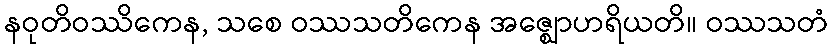
နဝုတိဝဿိကေန, သစေ ဝဿသတိကေန အဇ္ဈောဟရိယတိ။ ဝဿသတံ